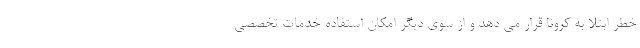
خطر ابتلا به کرونا قرار می دهد و از سوی دیگر امکان استفاده خدمات تخصصی